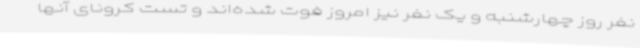
نفر روز چهارشنبه و یک نفر نیز امروز فوت‌ شده‌اند و تست کرونای آنها